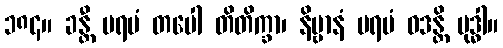
၁၈၄။ ခန္တီ ပရမံ တပေါ တိတိက္ခာ၊ နိဗ္ဗာနံ ပရမံ ဝဒန္တိ ဗုဒ္ဓါ။